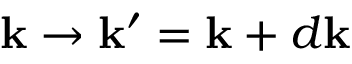
\mathbf { k } \rightarrow \mathbf { k } ^ { \prime } = \mathbf { k } + d \mathbf { k }